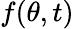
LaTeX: f(\theta,t)